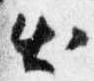
出